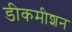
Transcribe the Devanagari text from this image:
डीकमीशन